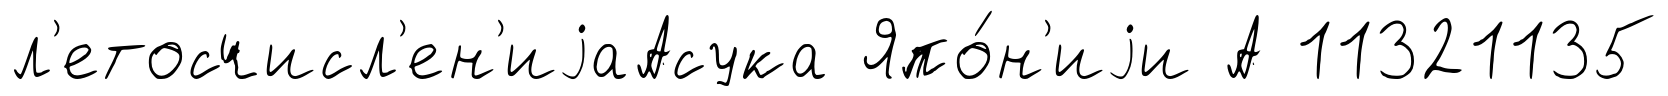
л'етосчисл'ен'иjаАсука Япо́н'иjи А 11321135